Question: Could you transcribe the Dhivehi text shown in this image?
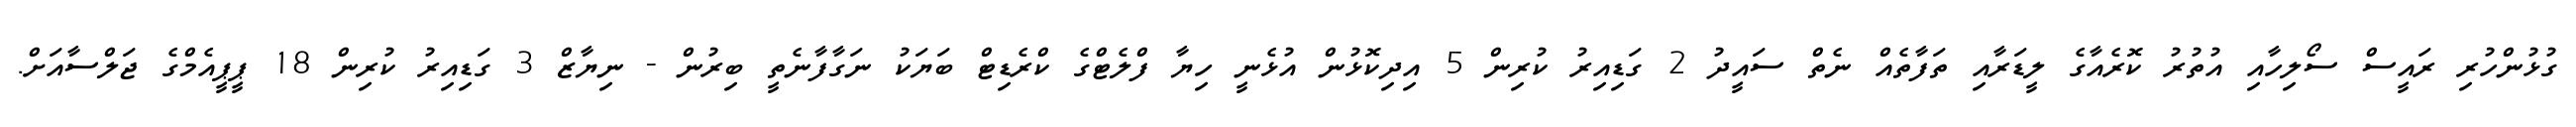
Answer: ގުޅުންހުރި ރައީސް ސޯލިހާއި އުތުރު ކޮރެއާގެ ލީޑަރާއި ތަފާތެއް ނެތް ސައީދު 2 ގަޑިއިރު ކުރިން 5 އިދިކޮޅުން އުޅެނީ ހިޔާ ފްލެޓްގެ ކްރެޑިޓް ބަޔަކު ނަގާފާނެތީ ބިރުން - ނިޔާޒް 3 ގަޑިއިރު ކުރިން 18 ޕީޕީއެމްގެ ޖަލްސާއަށް.